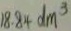
1 8 . 8 4 d m ^ { 3 }